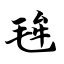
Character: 毪